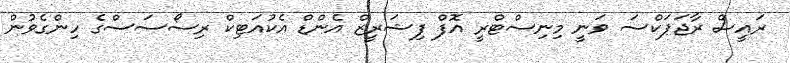
ރައީސް ރާޖަޕަކްސަ ވަނީ މިނިސްޓްރީ އޮފް ފިޝަރީޒް އެންޑް އެކުއަޓިކް ރިސޯސަސްގެ ހިންގެވުން